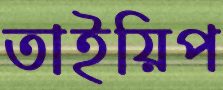
তাইয়িপ